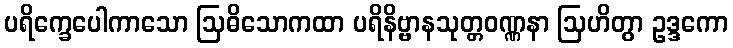
ပရိက္ခေပေါကာသော ဩဓိသောကထာ ပရိနိဗ္ဗာနသုတ္တဝဏ္ဏနာ ဩဟိတွာ ဥဒ္ဒကော